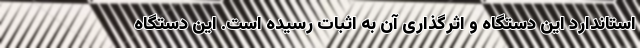
استاندارد این دستگاه و اثرگذاری آن به اثبات رسیده است. این دستگاه